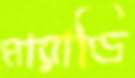
মারাণ্ডি